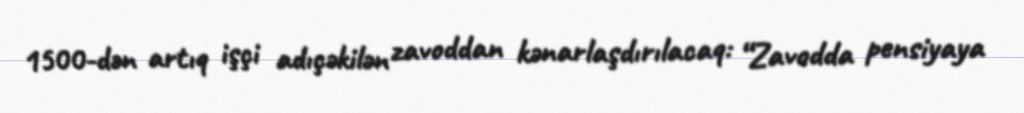
1500-dən artıq işçi adıçəkilən zavoddan kənarlaşdırılacaq: “Zavodda pensiyaya